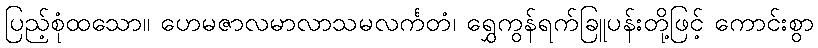
ပြည့်စုံထသော။ ဟေမဇာလမာလာသမလင်္ကတံ၊ ရွှေကွန်ရက်ခြူပန်းတို့ဖြင့် ကောင်းစွာ